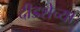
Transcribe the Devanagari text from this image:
दीडशेच्या